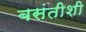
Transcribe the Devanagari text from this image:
बसंतीशी